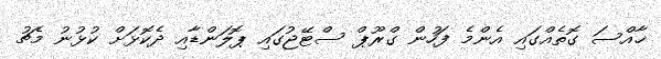
ޚާއްސަ ގޮތެއްގައި އެންމެ ފަހުން ގްރޫޕް ސްޓޭޖުގައި ޕޮލަންޑާއި ދެކޮޅަށް ކުޅުނު މެޗު